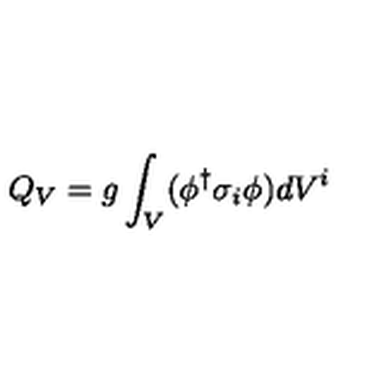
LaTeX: Q _ { V } = g \int _ { V } ( \phi ^ { \dagger } \sigma _ { i } \phi ) d V ^ { i }